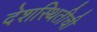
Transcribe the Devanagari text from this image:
देशस्थितीची